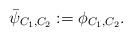
LaTeX: \begin{align*}\bar{\psi}_{C_1,C_2}:=\phi_{C_1,C_2}.\end{align*}